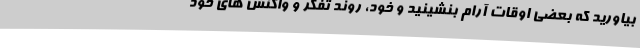
بیاورید که بعضی اوقات آرام بنشینید و خود، روند تفکر و واکنش های خود